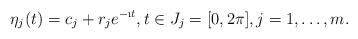
LaTeX: \begin{align*}\eta_j(t)=c_j+r_j e^{-\i t}, t\in J_j=[0,2\pi], j=1,\ldots,m.\end{align*}